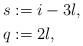
LaTeX: \begin{align*}s & := i - 3l,\\q & := 2 l,\\\end{align*}